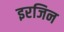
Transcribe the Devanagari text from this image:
इरजिन